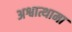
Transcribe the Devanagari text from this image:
अश्वात्थामा